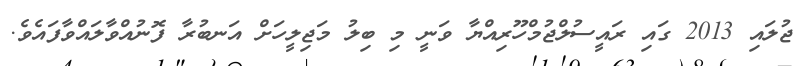
ޖުލައި 2013 ގައި ރައީސުލްޖުމްހޫރިއްޔާ ވަނީ މި ބިލު މަޖިލީހަށް އަނބުރާ ފޮނުއްވާލައްވާފައެވެ.